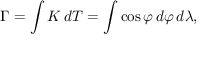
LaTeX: \Gamma = \int K \, d T = \int \cos \varphi \, d \varphi \, d \lambda ,